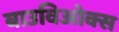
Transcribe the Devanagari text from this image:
बाउविओक्स